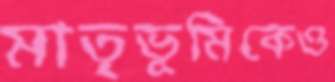
মাতৃভূমিকেও